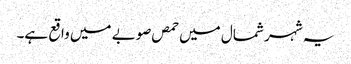
یہ شہر شمال میں حمص صوبے میں واقع ہے۔